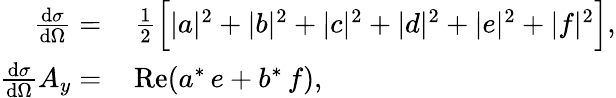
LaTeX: \begin{array}{rl}{\frac{\textup{d}\sigma}{\textup{d}\Omega}=\, }&{{}\frac{1}{2}\Big[|a|^{2}+|b|^{2}+|c|^{2}+|d|^{2}+|e|^{2}+|f|^{2}\Big],}\\ {\frac{\textup{d}\sigma}{\textup{d}\Omega}A_{y}=\, }&{{}\mathrm{Re}(a^{*}\, e+b^{*}\, f),}\end{array}